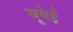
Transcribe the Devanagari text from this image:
बूयेई